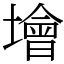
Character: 𡑭